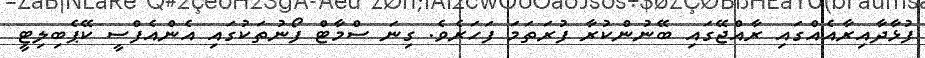
ފުޅާދާއިރާއެއްގައި ރާއްޖޭގައި ބޭނުންކުރާ ފުރަތަމަ ފަހަރެވެ. ގިނަ ސްމާޓް ފޯނުތަކުގައި އެންއެފްސީ ކޭޕެބިލިޓީ